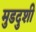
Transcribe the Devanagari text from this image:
मुडदुशी